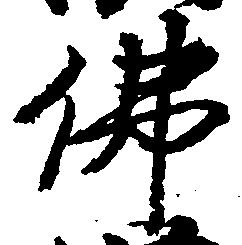
仏